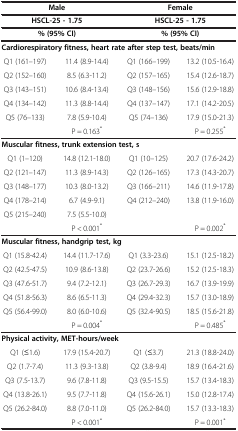
<table><thead><tr><td colspan="2"><b>Male</b></td><td colspan="2"><b>Female</b></td></tr><tr><td colspan="2"><b>HSCL-25 - 1.75</b></td><td colspan="2"><b>HSCL-25 - 1.75</b></td></tr><tr><td colspan="2"><b>% (95% CI)</b></td><td colspan="2"><b>% (95% CI)</b></td></tr></thead><tbody><tr><td colspan="4"><b>Cardiorespiratory fitness, heart rate after step test, beats/min</b></td></tr><tr><td>Q1 (161–197)</td><td>11.4 (8.9-14.4)</td><td>Q1 (166–199)</td><td>13.2 (10.5-16.4)</td></tr><tr><td>Q2 (152–160)</td><td>8.5 (6.3-11.2)</td><td>Q2 (157–165)</td><td>15.4 (12.6-18.7)</td></tr><tr><td>Q3 (143–151)</td><td>10.6 (8.4-13.4)</td><td>Q3 (148–156)</td><td>15.6 (12.9-18.8)</td></tr><tr><td>Q4 (134–142)</td><td>11.3 (8.8-14.4)</td><td>Q4 (137–147)</td><td>17.1 (14.2-20.5)</td></tr><tr><td>Q5 (76–133)</td><td>7.8 (5.9-10.4)</td><td>Q5 (74–136)</td><td>17.9 (15.0-21.3)</td></tr><tr><td> </td><td>P = 0.163<sup>*</sup></td><td> </td><td>P = 0.255<sup>*</sup></td></tr><tr><td colspan="4"><b>Muscular fitness, trunk extension test, s</b></td></tr><tr><td>Q1 (1–120)</td><td>14.8 (12.1-18.0)</td><td>Q1 (10–125)</td><td>20.7 (17.6-24.2)</td></tr><tr><td>Q2 (121–147)</td><td>11.3 (8.9-14.3)</td><td>Q2 (126–165)</td><td>17.3 (14.3-20.7)</td></tr><tr><td>Q3 (148–177)</td><td>10.3 (8.0-13.2)</td><td>Q3 (166–211)</td><td>14.6 (11.9-17.8)</td></tr><tr><td>Q4 (178–214)</td><td>6.7 (4.9-9.1)</td><td>Q4 (212–240)</td><td>13.8 (11.9-16.0)</td></tr><tr><td>Q5 (215–240)</td><td>7.5 (5.5-10.0)</td><td> </td><td> </td></tr><tr><td> </td><td>P &lt; 0.001<sup>*</sup></td><td> </td><td>P = 0.002<sup>*</sup></td></tr><tr><td colspan="4"><b>Muscular fitness, handgrip test, kg</b></td></tr><tr><td>Q1 (15.8-42.4)</td><td>14.4 (11.7-17.6)</td><td>Q1 (3.3-23.6)</td><td>15.1 (12.5-18.2)</td></tr><tr><td>Q2 (42.5-47.5)</td><td>10.9 (8.6-13.8)</td><td>Q2 (23.7-26.6)</td><td>15.2 (12.5-18.3)</td></tr><tr><td>Q3 (47.6-51.7)</td><td>9.4 (7.2-12.1)</td><td>Q3 (26.7-29.3)</td><td>16.7 (13.9-19.9)</td></tr><tr><td>Q4 (51.8-56.3)</td><td>8.6 (6.5-11.3)</td><td>Q4 (29.4-32.3)</td><td>15.7 (13.0-18.9)</td></tr><tr><td>Q5 (56.4-99.0)</td><td>8.0 (6.0-10.6)</td><td>Q5 (32.4-90.5)</td><td>18.5 (15.6-21.8)</td></tr><tr><td> </td><td>P = 0.004<sup>*</sup></td><td> </td><td>P = 0.485<sup>*</sup></td></tr><tr><td colspan="4"><b>Physical activity, MET-hours/week</b></td></tr><tr><td>Q1 (≤1.6)</td><td>17.9 (15.4-20.7)</td><td>Q1 (≤3.7)</td><td>21.3 (18.8-24.0)</td></tr><tr><td>Q2 (1.7-7.4)</td><td>11.3 (9.3-13.8)</td><td>Q2 (3.8-9.4)</td><td>18.9 (16.4-21.6)</td></tr><tr><td>Q3 (7.5-13.7)</td><td>9.6 (7.8-11.8)</td><td>Q3 (9.5-15.5)</td><td>15.7 (13.4-18.3)</td></tr><tr><td>Q4 (13.8-26.1)</td><td>9.5 (7.7-11.8)</td><td>Q4 (15.6-26.1)</td><td>15.0 (12.8-17.4)</td></tr><tr><td>Q5 (26.2-84.0)</td><td>8.8 (7.0-11.0)</td><td>Q5 (26.2-84.0)</td><td>15.7 (13.3-18.3)</td></tr><tr><td> </td><td>P &lt; 0.001<sup>*</sup></td><td> </td><td>P = 0.001<sup>*</sup></td></tr></tbody></table>